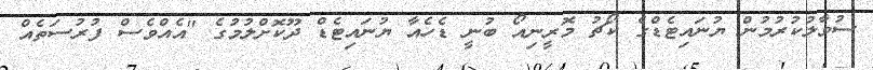
ސުވާލުކުރުމުން ޔުނައިޓެޑްގެ ކޯޗު މޮރީނިއޯ ބުނީ ޑެހެއާ ޔުނައިޓެޑް ދޫކޮށްލުމުގެ "އެއްވެސް ފުރުސަތެއް